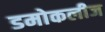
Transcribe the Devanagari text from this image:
डमोकलीज